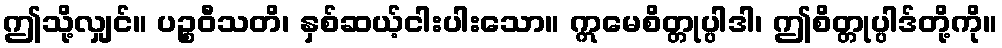
ဤသို့လျှင်။ ပဉ္စဝီသတိ၊ နှစ်ဆယ့်ငါးပါးသော။ ဣမေစိတ္တုပ္ပါဒါ၊ ဤစိတ္တုပ္ပါဒ်တို့ကို။